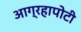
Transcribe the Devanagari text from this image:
आग्रहापोटी